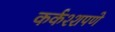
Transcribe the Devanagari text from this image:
कर्कश्शपणे